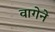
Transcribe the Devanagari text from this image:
वागेने